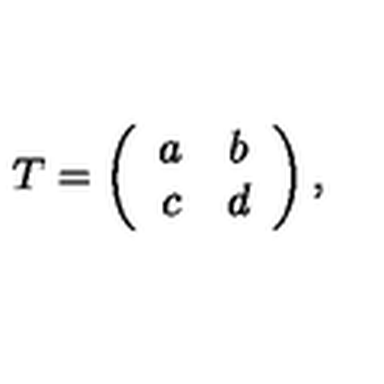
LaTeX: T = \left( \begin{array} { c c } { a } & { b } \\ { c } & { d } \\ \end{array} \right) ,